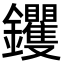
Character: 钁